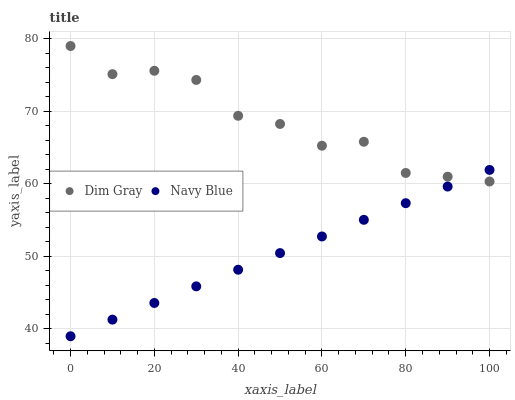
| xaxis_label | Dim Gray | Navy Blue |
 | --- | --- | --- |
 | 0 | 79 | 39 |
 | 10 | 75.1 | 41.3 |
 | 20 | 75.6 | 43.6 |
 | 30 | 74.3 | 45.9 |
 | 40 | 69.4 | 48.2 |
 | 50 | 68.3 | 50.5 |
 | 60 | 65.3 | 52.8 |
 | 70 | 65.8 | 55 |
 | 80 | 61.5 | 57.3 |
 | 90 | 61 | 59.6 |
 | 100 | 60.3 | 61.9 |